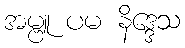
အမ္ဗူ ပမ နိဒ္ဒေသ